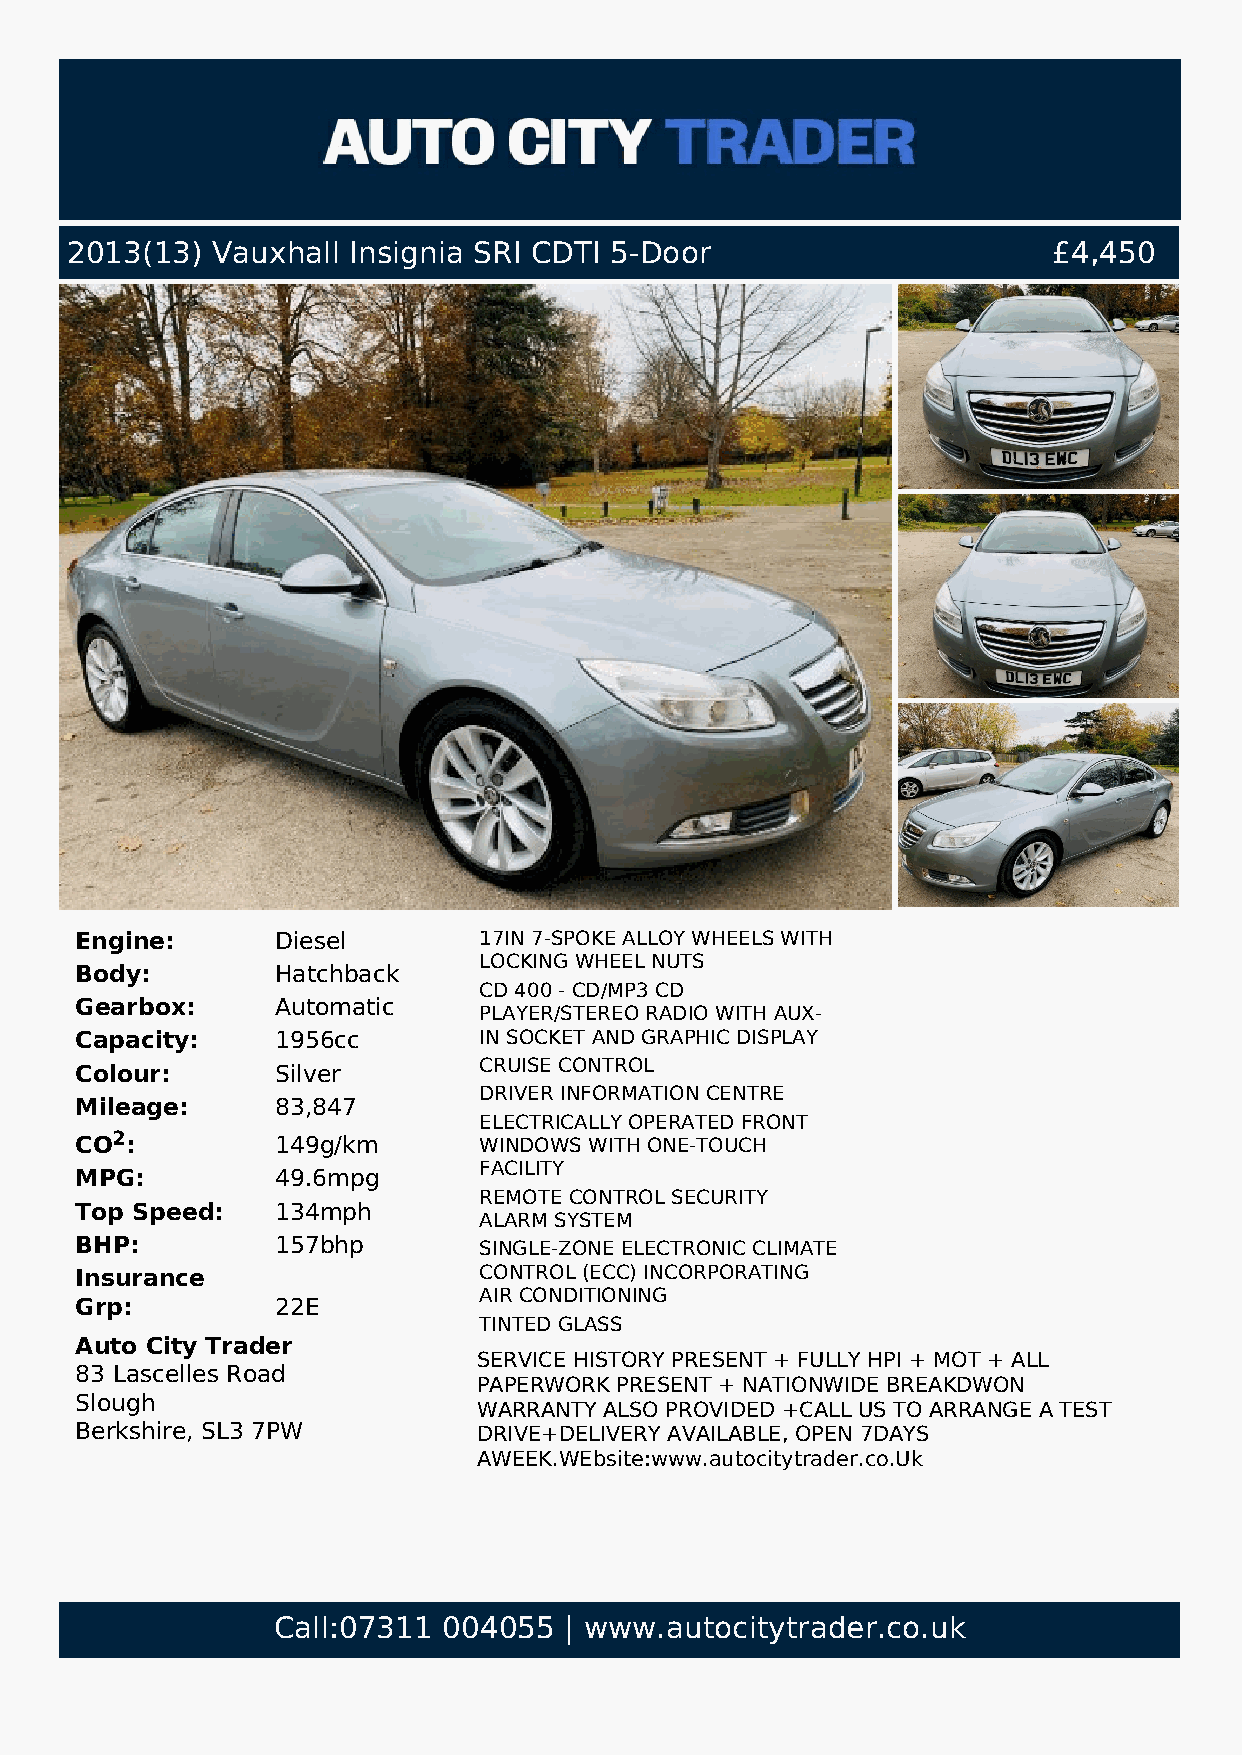
2013(13)  Vauxhall Insignia SRI CDTI 5-Door                       £4,450
 Engine:      Diesel        17IN 7-SPOKE ALLOY WHEELS WITH
 LOCKING WHEEL NUTS
 Body:        Hatchback
 CD 400 - CD/MP3 CD
 Gearbox:     Automatic
 PLAYER/STEREO RADIO WITH AUX-
 Capacity:    1956cc        IN SOCKET AND GRAPHIC DISPLAY
 CRUISE CONTROL
 Colour:      Silver
 DRIVER INFORMATION CENTRE
 Mileage:     83,847
 ELECTRICALLY OPERATED FRONT
 CO2:         149g/km       WINDOWS WITH ONE-TOUCH
 FACILITY
 MPG:         49.6mpg
 REMOTE CONTROL SECURITY
 Top Speed:   134mph
 ALARM SYSTEM
 BHP:         157bhp        SINGLE-ZONE ELECTRONIC CLIMATE
 Insurance                  CONTROL (ECC) INCORPORATING
 AIR CONDITIONING
 Grp:         22E
 TINTED GLASS
 Auto City Trader
 SERVICE HISTORY PRESENT + FULLY HPI + MOT + ALL
 83 Lascelles Road
 PAPERWORK PRESENT + NATIONWIDE BREAKDWON
 Slough
 WARRANTY ALSO PROVIDED +CALL US TO ARRANGE A TEST
 Berkshire, SL3 7PW         DRIVE+DELIVERY AVAILABLE, OPEN 7DAYS
 AWEEK.WEbsite:www.autocitytrader.co.Uk
 Call:07311 004055  | www.autocitytrader.co.uk